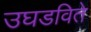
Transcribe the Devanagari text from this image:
उघडविते